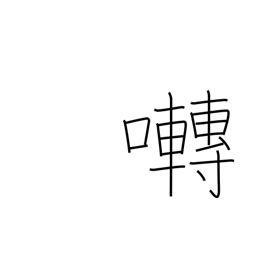
Meaning: chirp